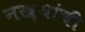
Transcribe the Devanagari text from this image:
नख्यांची